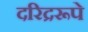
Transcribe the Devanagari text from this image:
दरिद्ररूपे